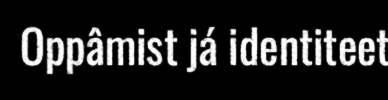
Oppâmist já identiteet